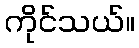
ကိုင်သယ်။